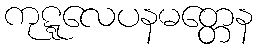
ကုဋ္ဋလေပနမတ္တေန